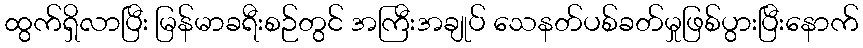
ထွက်ရှိလာပြီး မြန်မာခရီးစဉ်တွင် အကြီးအချုပ် သေနတ်ပစ်ခတ်မှုဖြစ်ပွားပြီးနောက်